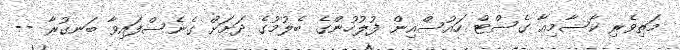
މަތިވެރި ކާސާމިއާ ގެސްޓް ހައުސްއިން ފުލުހުންގެ ބެލުމުގެ ދަށަށް ގެނެސްފައިވާ ބަނގުރާ --